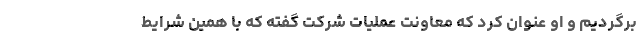
برگردیم و او عنوان کرد که معاونت عملیات شرکت گفته که با همین شرایط